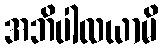
အဘိပါလယာမိ